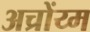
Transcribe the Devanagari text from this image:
अच्रोंय्म